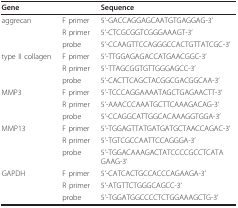
| Gene |  | Sequence |
 | --- | --- | --- |
 | aggrecan | F primer | 5'-GACCAGGAGCAATGTGAGGAG-3' |
 |  | R primer | 5'-CTCGCGGTCGGGAAAGT-3' |
 |  | probe | 5'-CCAAGTTCCAGGGCCACTGTTATCGC-3' |
 | type II collagen | F primer | 5'-TTGGAGAGACCATGAACGGC-3' |
 |  | R primer | 5'-TTAGCGGTGTTGGGAGCC-3' |
 |  | probe | 5'-CACTTCAGCTACGGCGACGGCAA-3' |
 | MMP3 | F primer | 5'-TCCCAGGAAAATAGCTGAGAACTT-3' |
 |  | R primer | 5'-AAACCCAAATGCTTCAAAGACAG-3' |
 |  | probe | 5'-CCAGGCATTGGCACAAAGGTGGA-3' |
 | MMP13 | F primer | 5'-TGGAGTTATGATGATGCTAACCAGAC-3' |
 |  | R primer | 5'-TGTCGCCAATTCCAGGGA-3' |
 |  | probe | 5'-TGGACAAAGACTATCCCCGCCTCATAGAAG-3' |
 | GAPDH | F primer | 5'-CATCACTGCCACCCAGAAGA-3' |
 |  | R primer | 5'-ATGTTCTGGGCAGCC-3' |
 |  | probe | 5'-TGGATGGCCCCTCTGGAAAGCTG-3' |